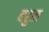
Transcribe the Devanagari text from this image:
बहुळ